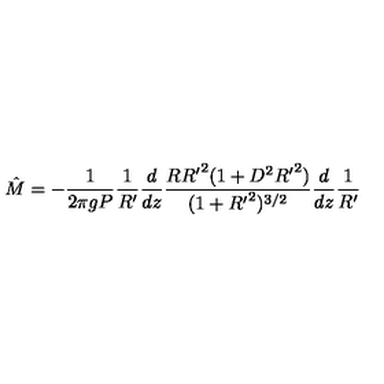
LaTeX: { \hat { M } } = - \frac { 1 } { 2 \pi g P } \frac { 1 } { R ^ { \prime } } \frac { d } { d z } \frac { R { R ^ { \prime } } ^ { 2 } ( 1 + D ^ { 2 } { R ^ { \prime } } ^ { 2 } ) } { ( 1 + { R ^ { \prime } } ^ { 2 } ) ^ { 3 / 2 } } \frac { d } { d z } \frac { 1 } { R ^ { \prime } }